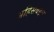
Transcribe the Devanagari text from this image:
अहिंसेबद्दल